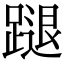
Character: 蹆